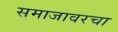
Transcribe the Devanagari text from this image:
समाजावरचा